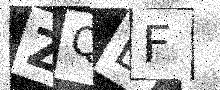
Text: ZQEF